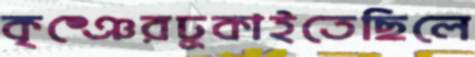
কৃষ্ঞেরঢুকাইতেছিলে